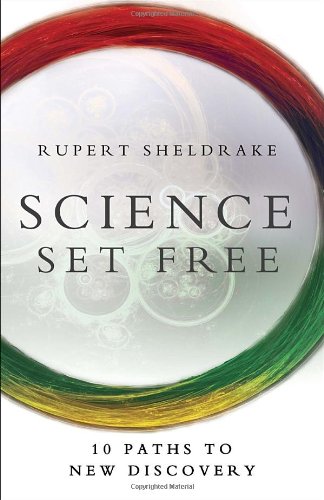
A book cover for Science Set Free: 10 Paths to New Discovery; Rupert Sheldrake; Science & Math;